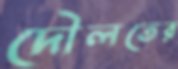
দৌলতের